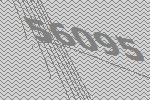
56095